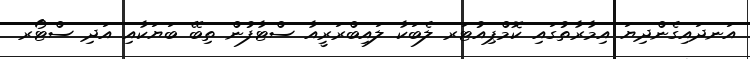
އަނދައިގެންދިޔަ އިމާރާތުގައި ކޮމްޕިއުޓަރ ލެބަކާ ލައިބްރަރީއާ ސްޓާފުން ތިބޭ ބަޔަކާއި އަދި ސްޓޯރ